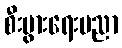
စီးပွားရေးပညာ